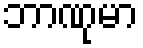
ဘာဏုမာ